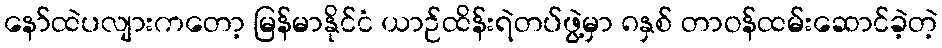
နော်ထဲပလျားကတော့ မြန်မာနိုင်ငံ ယာဉ်ထိန်းရဲတပ်ဖွဲ့မှာ ၈နှစ် တာဝန်ထမ်းဆောင်ခဲ့တဲ့